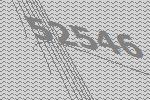
52546